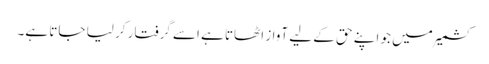
کشمیر میں جو اپنے حق کے لیے آواز اٹھاتا ہے اسے گرفتار کر لیا جاتا ہے۔